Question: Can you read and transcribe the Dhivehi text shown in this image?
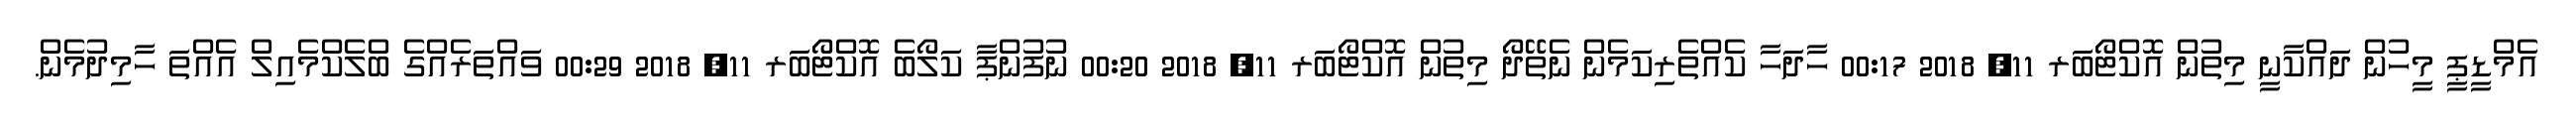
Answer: އެމްޑީޕީ މީހުން ދައްކާނީ މިތުން އޮކްޓޯބަރ 11, 2018 00:17 ހާދަހާ ކެއްތެރިކަމެން ނެތޭދޯ މިތުން އޮކްޓޯބަރ 11, 2018 00:20 ނުފުންޕާ ކަލޯބެ އޮކްޓޯބަރ 11, 2018 00:29 ވައްތަރެއްގެ ބްލެކްމެއިލް އެއްތަ ހާމިދުމެން.